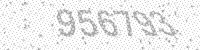
Solution: 956793